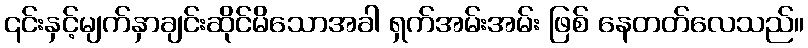
၎င်းနှင့်မျက်နှာချင်းဆိုင်မိသောအခါ ရှက်အမ်းအမ်း ဖြစ် နေတတ်လေသည်။